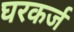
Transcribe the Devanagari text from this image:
घरकर्ज